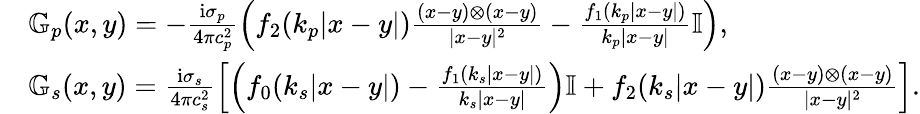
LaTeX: \begin{array}{rl}&{\mathbb{G}_{p}(x,y)=-\frac{\mathrm{i}\sigma_{p}}{4\pi c_{p}^{2}}\left(f_{2}(k_{p}|x-y|)\frac{(x-y)\otimes(x-y)}{|x-y|^{2}}-\frac{f_{1}(k_{p}|x-y|)}{k_{p}|x-y|}\mathbb{I}\right),}\\ &{\mathbb{G}_{s}(x,y)=\frac{\mathrm{i}\sigma_{s}}{4\pi c_{s}^{2}}\left[\left(f_{0}(k_{s}|x-y|)-\frac{f_{1}(k_{s}|x-y|)}{k_{s}|x-y|}\right)\mathbb{I}+f_{2}(k_{s}|x-y|)\frac{(x-y)\otimes(x-y)}{|x-y|^{2}}\right].}\end{array}